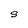
Character: S